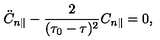
\ddot { C } _ { n \parallel } - \frac { 2 } { ( \tau _ { 0 } - \tau ) ^ { 2 } } C _ { n \parallel } = 0 ,